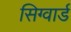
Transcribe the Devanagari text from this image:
सिग्वार्ड